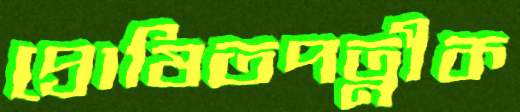
প্রোষিতপত্নীক